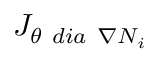
{ J } _ { \theta \ d i a \ \nabla N _ { i } }